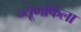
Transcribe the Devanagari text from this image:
न्यूमोफेला